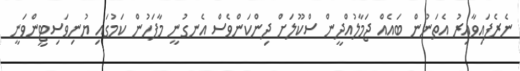
ނެރެފައިވާއިރު އެތަނުން ބައެއް ޖަމާލުއްދީން ސްކޫލަށް ދިންކަންވެސް އެނގުނީ މާފަހުން ކަމުގައި ޔުނިވަސިޓީންވަނީ